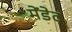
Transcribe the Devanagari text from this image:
मेंडेट